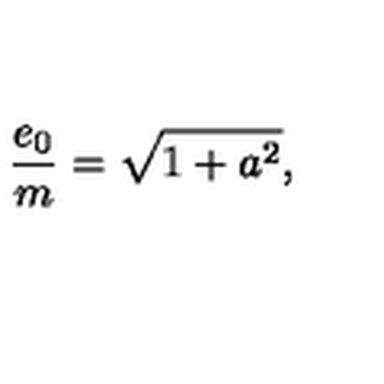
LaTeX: \frac { e _ { 0 } } { m } = \sqrt { 1 + a ^ { 2 } } ,